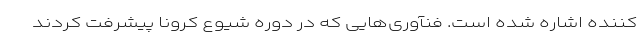
کننده اشاره شده است. فنآوری‌هایی که در دوره شیوع کرونا پیشرفت کردند